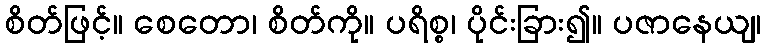
စိတ်ဖြင့်။ စေတော၊ စိတ်ကို။ ပရိစ္စ၊ ပိုင်းခြား၍။ ပဇာနေယျ၊